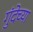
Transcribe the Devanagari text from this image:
गुंदेच्या